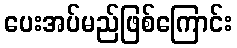
ပေးအပ်မည်ဖြစ်ကြောင်း